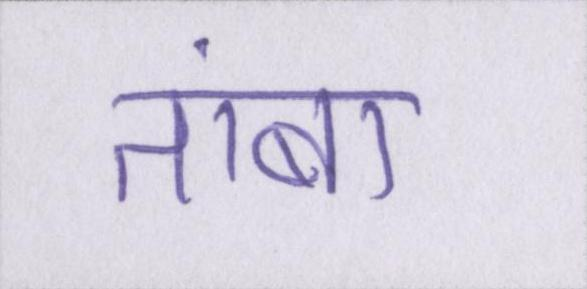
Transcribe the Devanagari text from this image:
तांबा